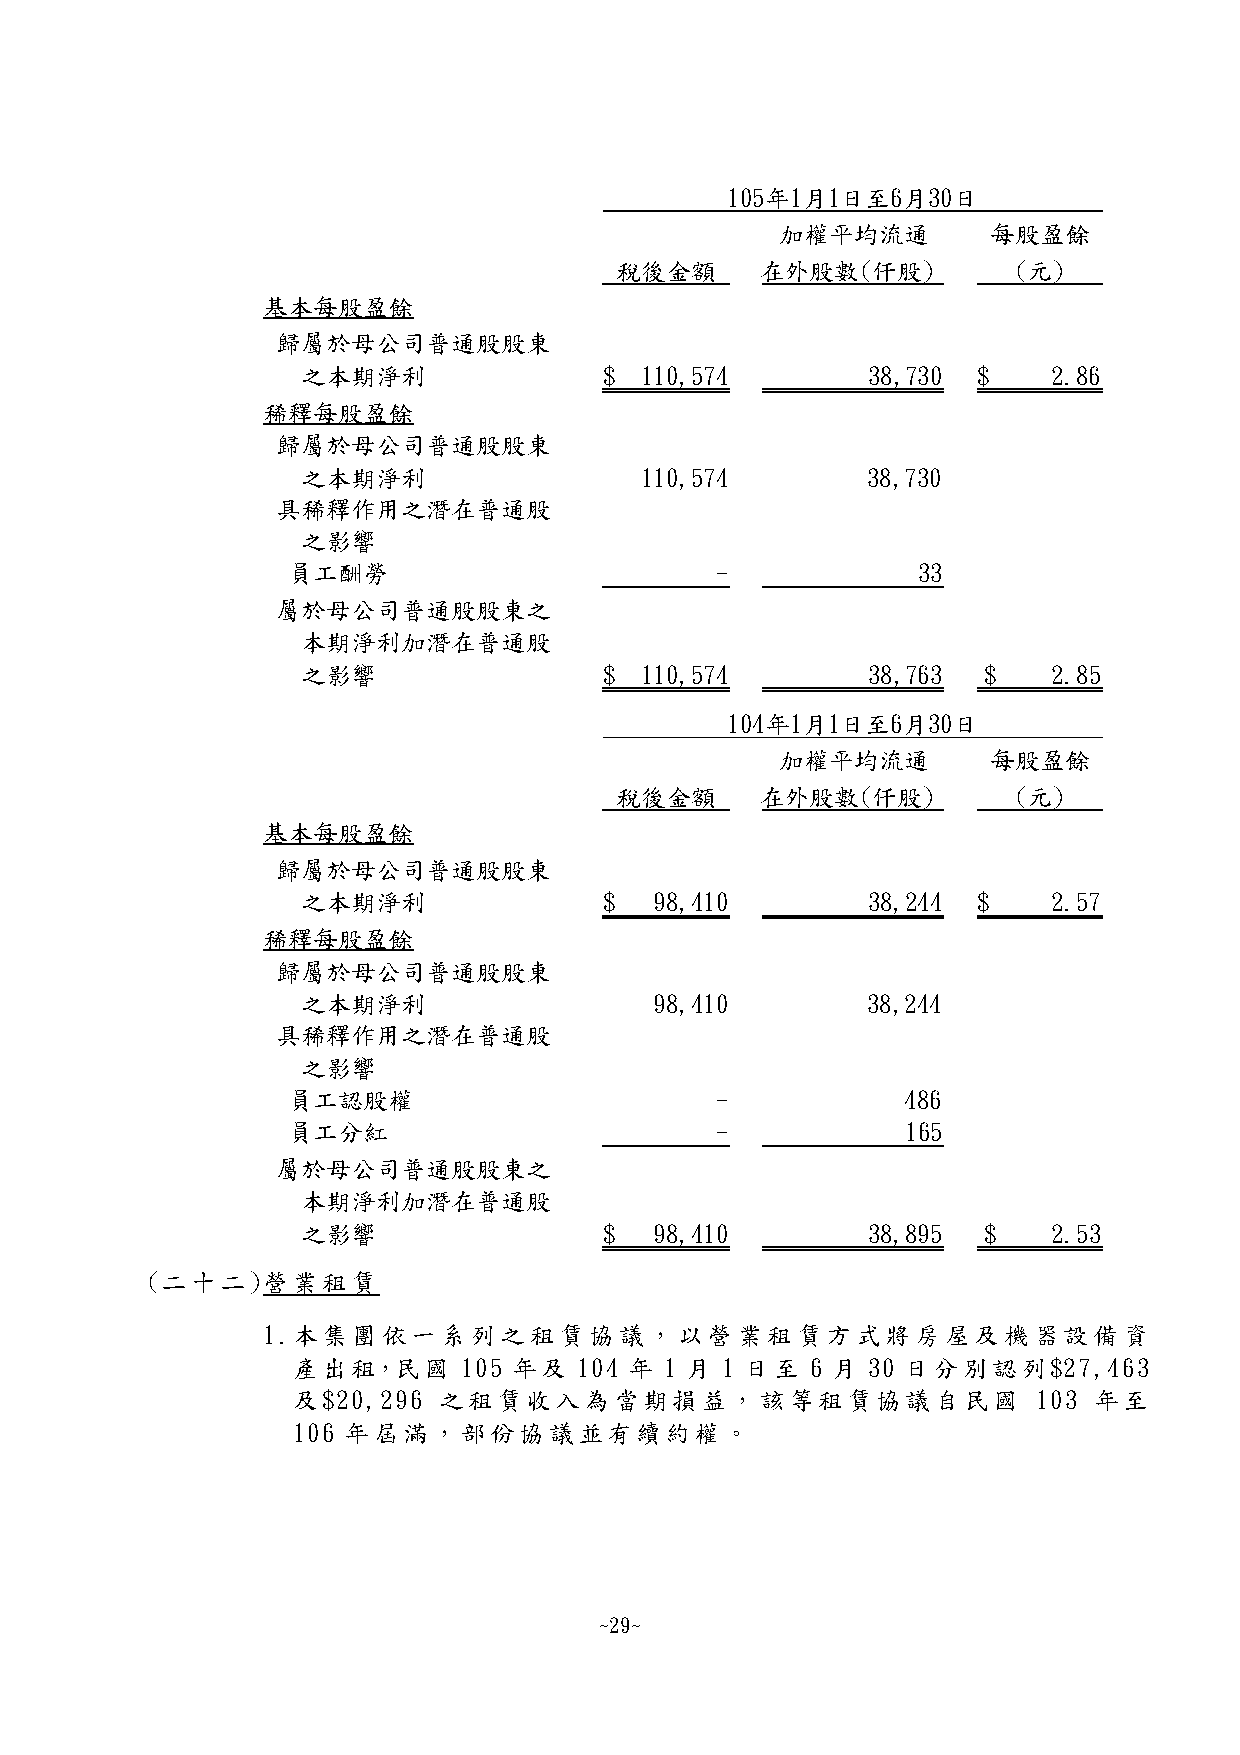
105年1月1日至6月30日
 加權平均流通        每股盈餘
 稅後金額     在外股數(仟股)         (元)
 基本每股盈餘
 歸屬於母公司普通股股東
 之本期淨利               $ 110,574        38,730  $    2.86
 稀釋每股盈餘
 歸屬於母公司普通股股東
 之本期淨利                 110,574        38,730
 具稀釋作用之潛在普通股
 之影響
 員工酬勞                        -             33
 屬於母公司普通股股東之
 本期淨利加潛在普通股
 之影響                 $ 110,574        38,763  $    2.85
 104年1月1日至6月30日
 加權平均流通        每股盈餘
 稅後金額     在外股數(仟股)         (元)
 基本每股盈餘
 歸屬於母公司普通股股東
 之本期淨利               $  98,410        38,244  $    2.57
 稀釋每股盈餘
 歸屬於母公司普通股股東
 之本期淨利                  98,410        38,244
 具稀釋作用之潛在普通股
 之影響
 員工認股權                       -            486
 員工分紅                        -            165
 屬於母公司普通股股東之
 本期淨利加潛在普通股
 之影響                 $  98,410        38,895  $    2.53
 (二十二)營業租賃
 1.本集團依一系列之租賃協議，以營業租賃方式將房屋及機器設備資
 產出租，民國      105 年及 104 年 1 月 1 日至  6 月 30 日分別認列$27,463
 及$20,296  之租賃收入為當期損益，該等租賃協議自民國                    103 年至
 106 年屆滿，部份協議並有續約權。
 ~29~